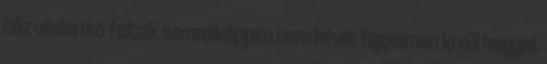
ház undorító foltok semmiképpen nem lehet figyelmen kívül hagyni.